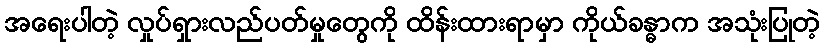
အရေးပါတဲ့ လှုပ်ရှားလည်ပတ်မှုတွေကို ထိန်းထားရာမှာ ကိုယ်ခန္ဓာက အသုံးပြုတဲ့